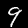
Label: 9